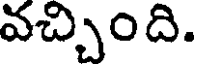
వచ్చింది.